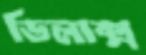
ডিলাক্স